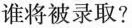
谁将被录取?